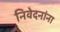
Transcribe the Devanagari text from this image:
निवेदनांना